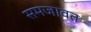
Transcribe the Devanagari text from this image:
समजावत